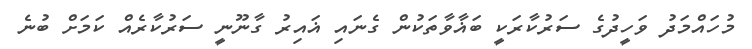
މުހައްމަދު ވަހީދުގެ ސަރުކާރަކީ ބަޣާވާތަކުން ގެނައި ޣައިރު ގާނޫނީ ސަރުކާރެއް ކަމަށް ބުނެ